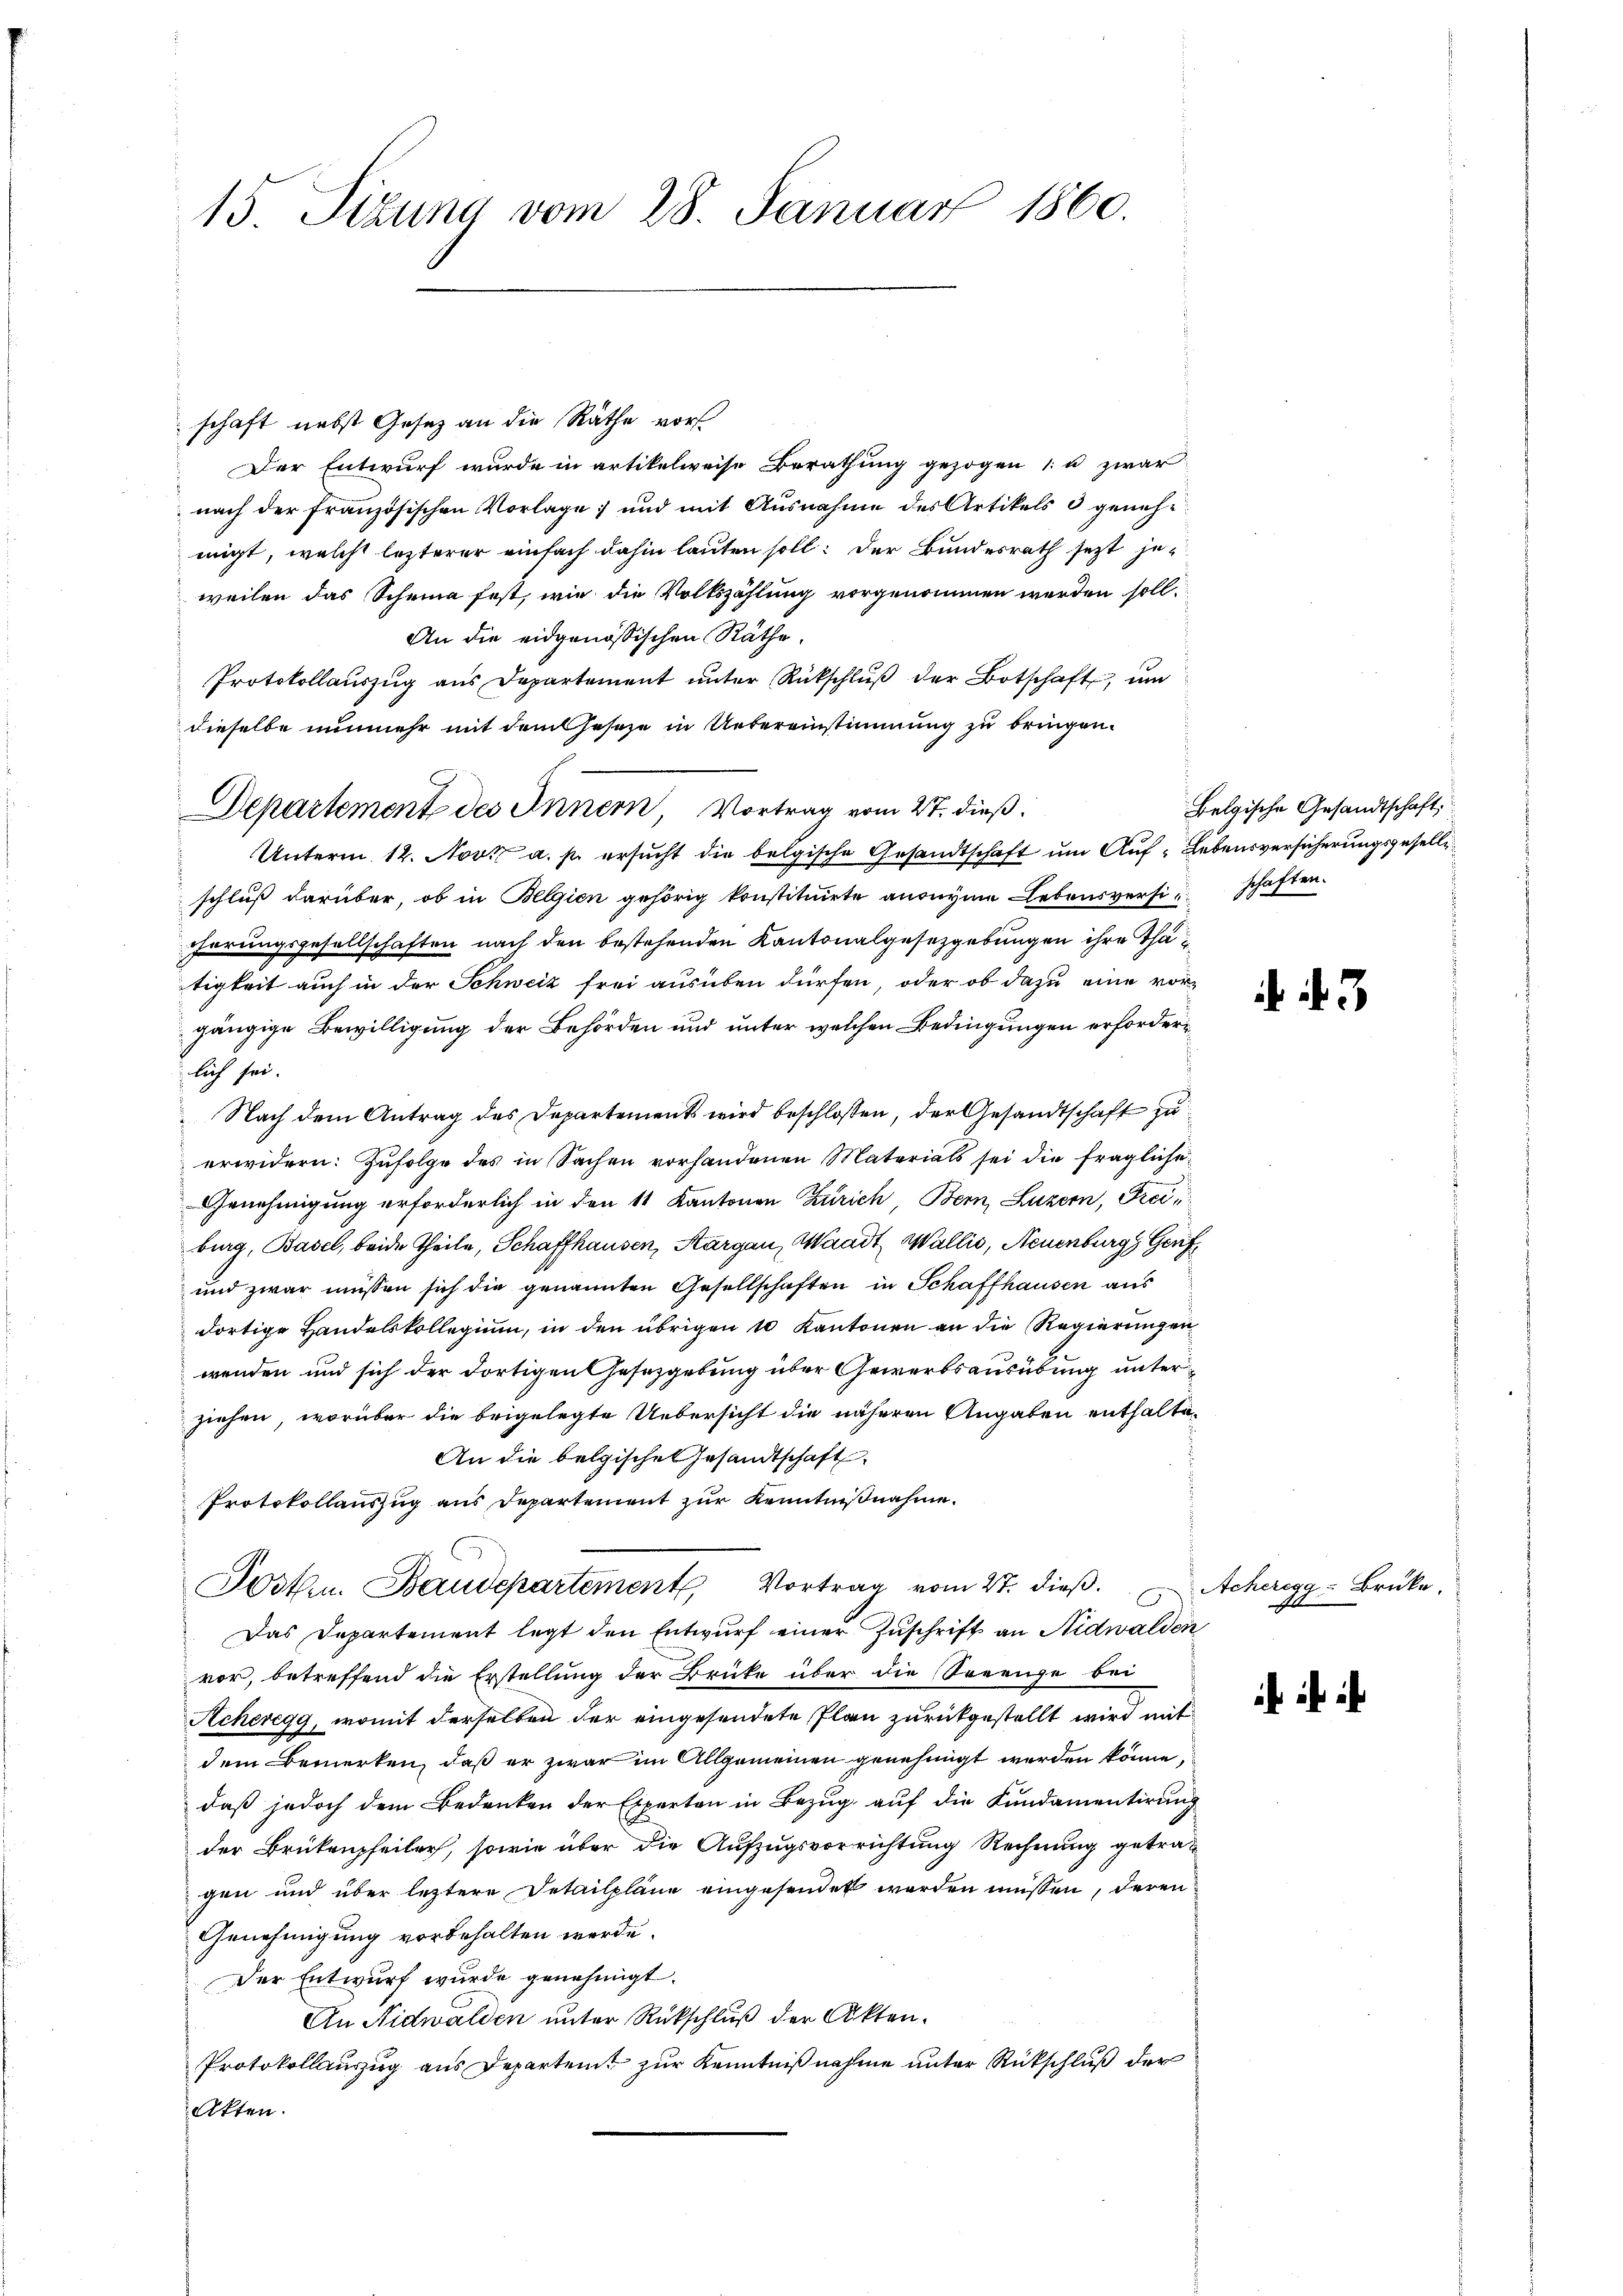
15 Sizung vom 28. Januar 1860.

schaft nebst Gesetz an die Räthe vor
Der Entwurf wurde in artikelweise Berathung gezogen u zwar
nach der Französischen Vorlage; und mit Ausnahme des Artikels & genehmigt, welche lezterer einfach dahin lauten soll: der Bundesrath sezt jeweilen das Scheine fest, wie die Volkszählung vorgenommen werden soll
An die eidgenössischen Räthe.
Protokollauszug aus Departement unter Rückschlŭβ der Botschaft, um
dieselbe nunmehr mit dem Geseze in Uebereinstimmung zu bringen.
Departement des Innern Vortrag vom 27. dieß.
Unterm 12. Nov. a. p. ersucht die belgische Gesandtschaft um Auf- Lebensversicherungsgeselli
schluß darüber, ob in Belgien gehörig konstituirte anonyme Lebensversischaften.
hörungsgesellschaften nach den bestehenden Kantonalgesetzgebungen ihre Thätigkeit auch in der Schweiz frei ausüben dürfen, oder ob dazu eine vor-
gängige Bewilligung der Behörden und unter welchen Bedingungen erforderlich sei.
Nach dem Antrag des Departement wird beschlossen, der Gesandtschaft zu
erwidern: Zufolge des in Sachen vorhandenen Materials sei die fragliche
Genehmigung erforderlich in den 11 Kantonen Zürich, Bern, Luzern, Freiburg, Basel, beide Theile, Schaffhausen, Aargau, Waadt, Wallis, Neuenburg, Genf
und zwar müssen sich die genannten Gesellschaften in Schaffhausen aus
dortige Handelskollegium, in den übrigen 10 Kantonen an die Regierungen
wenden und sich der dortigen Gesetzgebung über Gewerbsausübung unter
ziehen, worüber die beigelegte Uebersicht die näheren Angaben enthalte¬
An die belgische Gesandtschaft
Protokollauszug aus Departement zur Kenntnißnahme.
Posten. Baudepartement, Vortrag vom 27. dieß.
Das Departement legt den Entwŭrf einer Zuschrift an Nidwalden
vor, betreffend die Erstellung der Brüke über die Strenge bei
Acheregg, womit derselben der eingesendete Plan zurückgestellt wird mit
dem Bemerken, daß er zwar im Allgemeinen genehmigt werden könne,
daß jedoch dem Bedenken der Experten in Bezug auf die Kundamentirung
der Brükenpfeiler, sowie über die Aufzugsvorrichtung Rechnung getragen und über leztere Detailpläne eingesendet worden müssen, deren
Genehmigung vorbehalten werde.
Der Entwurf wurde genehmigt.
An Nidwalden unter Rückschluß der Akten.
Protokollauszug aus Departeit zur Kenntniß nahme unter Rückschluß der
Akten.

Belgische Gesandtschaft,

3

Acheregg - Brücke,
0

i